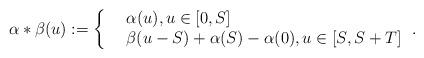
LaTeX: \begin{align*} \alpha*\beta(u) := \left \{\begin{array}{rl}&\alpha(u), u \in [0,S]\\&\beta(u-S)+\alpha(S)-\alpha(0), u \in [S,S+T]\end{array} \right.. \end{align*}